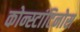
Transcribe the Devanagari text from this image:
कोन्स्टांटिनोस